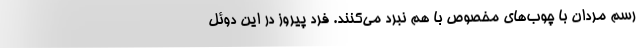
رسم مردان با چوب‌های مخصوص با هم نبرد می‌کنند. فرد پیروز در این دوئل